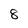
Character: 8